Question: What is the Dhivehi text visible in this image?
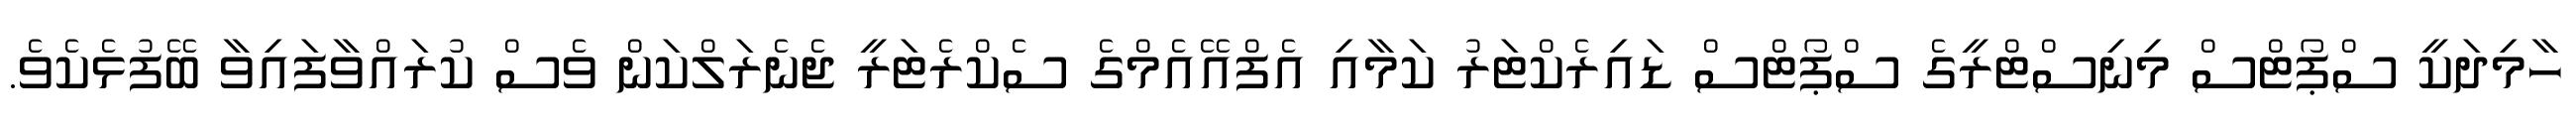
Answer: ހާމިދަކީ ސްޕޯޓްސް މިނިސްޓްރީގެ ސްޕޯޓްސް ޑައިރެކްޓަރު ކަމާއި އެފްއޭއެމްގެ ސެކްރެޓަރީ ޖެނެރަލްކަން ވެސް ކުރައްވާފައިވާ ބޭފުޅެކެވެ.